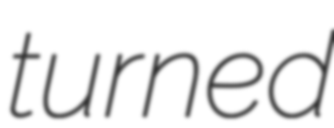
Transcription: turned